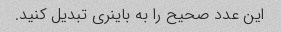
این عدد صحیح را به باینری تبدیل کنید.